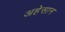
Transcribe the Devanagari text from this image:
अहेसान